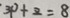
3 p + z = 8